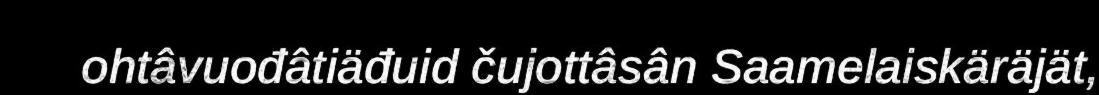
ohtâvuođâtiäđuid čujottâsân Saamelaiskäräjät,